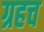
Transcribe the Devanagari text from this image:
ग्रहच